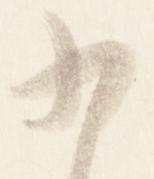
為